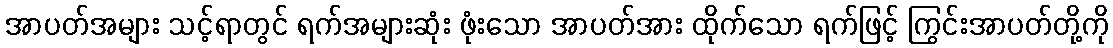
အာပတ်အများ သင့်ရာတွင် ရက်အများဆုံး ဖုံးသော အာပတ်အား ထိုက်သော ရက်ဖြင့် ကြွင်းအာပတ်တို့ကို